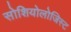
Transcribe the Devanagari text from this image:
सोशियोलोजिस्ट